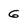
Character: G